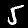
Digit: 5